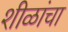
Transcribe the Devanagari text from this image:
शीळांचा